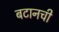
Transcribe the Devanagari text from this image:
बटानची